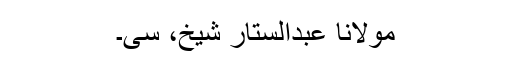
مولانا عبدالستار شیخ، سی۔